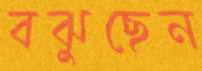
বঝুছেন